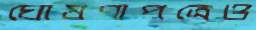
ঘোষণাপত্রেও